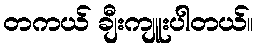
တကယ် ချီးကျူးပါတယ်။